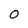
Character: 0